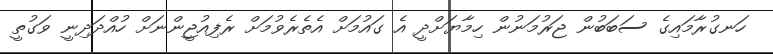
ހަނގުރާމައިގެ ސަބަބުން ޖަރުމަނުން ހިމާޔަށްދީ އެ ގައުމަށް އެތެރެވުމަށް ރެފިއުޖީންނަށް ހުއްދަދިނީ ވަގުތީ